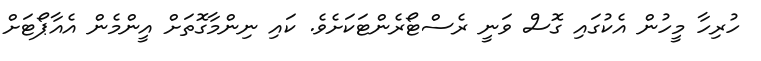
ހުރިހާ މީހުން އެކުގައި ގޮސް ވަނީ ރެސްޓޯރެންޓަކަށެވެ. ކައި ނިންމާގޮތަށް އީންމެން އެއާޕޯޓަށް